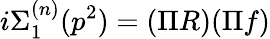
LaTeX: i\Sigma_{1}^{(n)}(p^{2})=(\Pi R)(\Pi f)